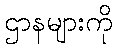
ဌာနများကို